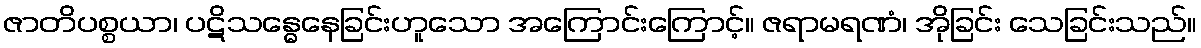
ဇာတိပစ္စယာ၊ ပဋိသန္ဓေနေခြင်းဟူသော အကြောင်းကြောင့်။ ဇရာမရဏံ၊ အိုခြင်း သေခြင်းသည်။